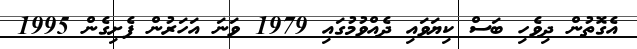
އެގޮތުން ދިވެހި ބަސް ކިޔަވައި ދެއްވުމުގައި 1979 ވަނަ އަހަރުން ފެށިގެން 1995